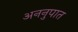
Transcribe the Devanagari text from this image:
अननुपात